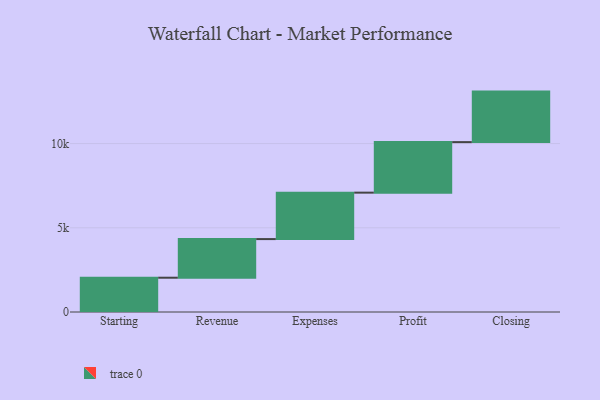
{"axis": {"x": "Step", "y": "Value"}, "legend": [""], "data": [{"x": "Starting", "y": 2036.0, "type": ""}, {"x": "Revenue", "y": 2293.0, "type": ""}, {"x": "Expenses", "y": 2758.0, "type": ""}, {"x": "Profit", "y": 3000, "type": ""}, {"x": "Closing", "y": 3000, "type": ""}]}